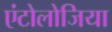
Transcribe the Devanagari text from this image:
एंटोलोजिया